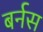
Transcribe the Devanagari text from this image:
बर्नस